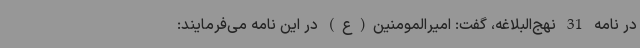
در نامه 31 نهج‌البلاغه، گفت: امیرالمومنین(ع) در این نامه می‌فرمایند: